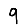
Digit: 9